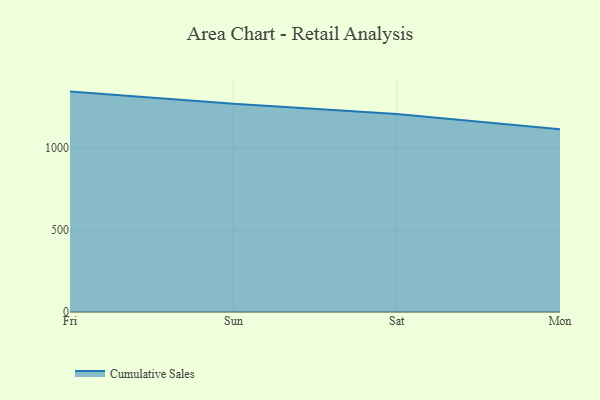
{"axis": {"x": "Day", "y": "Market Share (%)"}, "legend": ["Cumulative Sales"], "data": [{"x": "Fri", "y": 1346.2, "type": "Cumulative Sales"}, {"x": "Sun", "y": 1272.5, "type": "Cumulative Sales"}, {"x": "Sat", "y": 1210.1, "type": "Cumulative Sales"}, {"x": "Mon", "y": 1115.7, "type": "Cumulative Sales"}]}